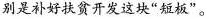
别是补好扶贫开发这块”短板”。